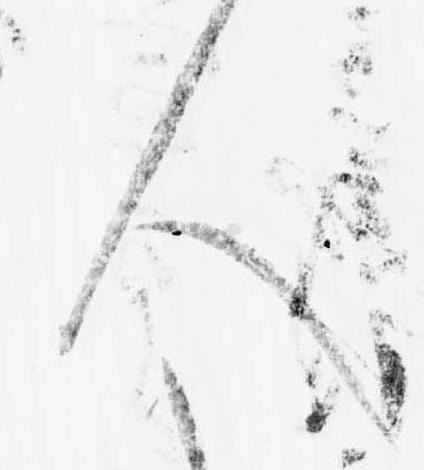
人